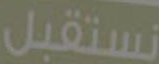
نستقبل